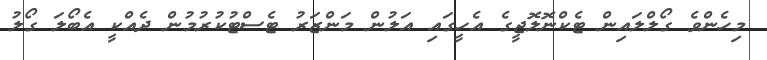
މިހެންވެ ގޯލްލައިން ޓެކްނޮލޮޖީގެ އެހީގައި އަލުން މަންޒަރު ޓެސްޓުކުރުމުން ދެއްކީ އެބޯލަ ގޯލު